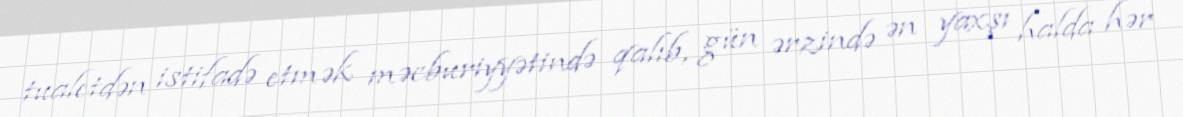
tualetdən istifadə etmək məcburiyyətində qalıb, gün ərzində ən yaxşı halda hər